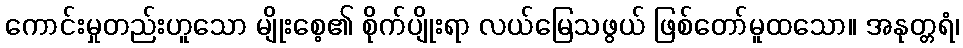
ကောင်းမှုတည်းဟူသော မျိုးစေ့၏ စိုက်ပျိုးရာ လယ်မြေသဖွယ် ဖြစ်တော်မူထသော။ အနုတ္တရံ၊